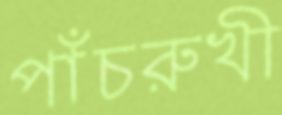
পাঁচরুখী